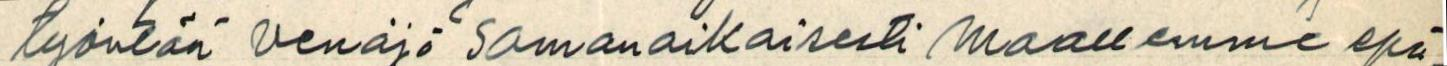
työntää venäjä samanaikaisesti maallemme epä-